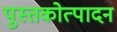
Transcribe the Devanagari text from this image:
पुस्तकोत्पादन